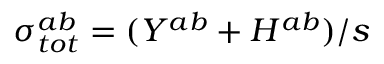
\sigma _ { t o t } ^ { a b } = ( Y ^ { a b } + H ^ { a b } ) / s